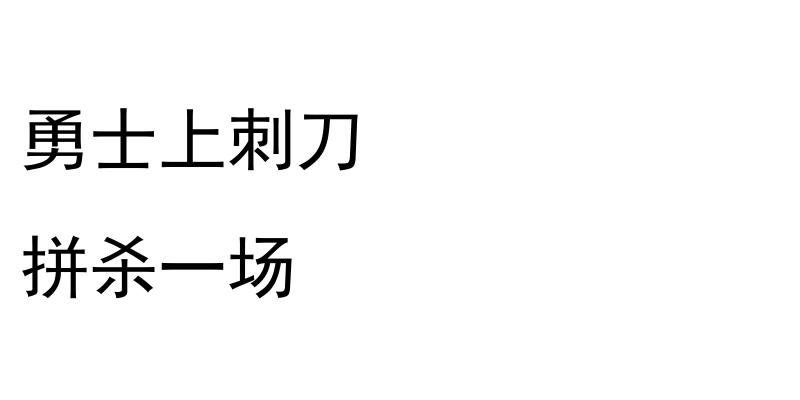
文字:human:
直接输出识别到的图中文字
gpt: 勇士上刺刀 拼杀一场